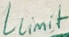
Text: Llimit